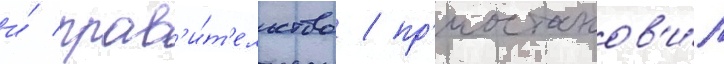
и́ прав'и́т'ельство / пр'иостанов'и́л